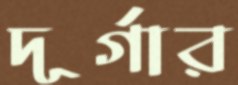
দূর্গার